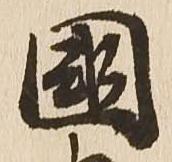
国